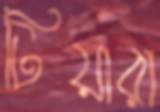
টিয়ারা